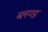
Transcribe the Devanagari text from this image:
ब्लण्ड